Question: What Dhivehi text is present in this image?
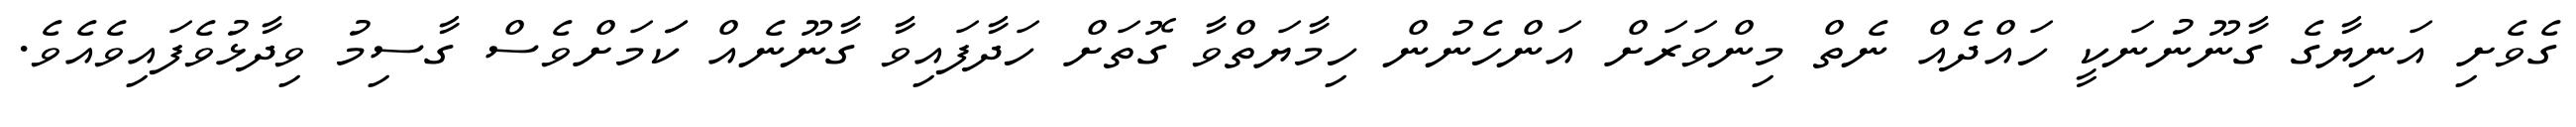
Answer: ގެވެށި އަނިޔާގެ ގާނޫނުނަކީ ހައްދެއް ނެތް މިންވަރަށް އަންހެނުން ހިމާޔަތްވާ ގޮތަށް ހަދާފައިވާ ގާނޫނެއް ކަަމަށްވެސް ގާސިމު ވިދާޅުވެފައިވެއެވެ.